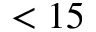
< 1 5